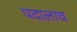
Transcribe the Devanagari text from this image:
पदालाच